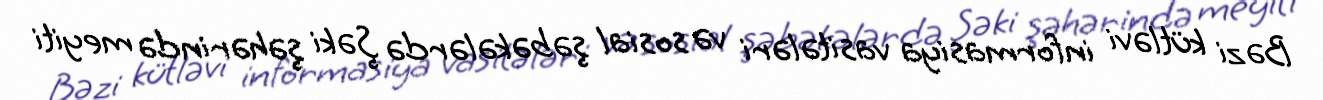
Bəzi kütləvi informasiya vasitələri və sosial şəbəkələrdə Şəki şəhərində meyiti